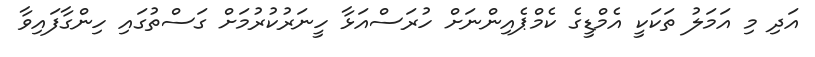
އަދި މި އަމަލު ތަކަކީ އެމްޑީގެ ކެމްޕެއިންނަށް ހުރަސްއަޅާ ހީނަރުކުރުމަށް ގަސްތުގައި ހިންގާފައިވާ